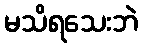
မသိရသေးဘဲ